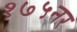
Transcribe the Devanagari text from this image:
१७५नर